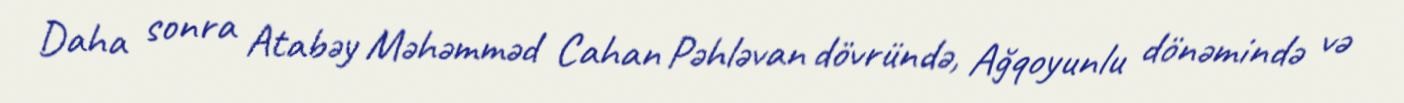
Daha sonra Atabəy Məhəmməd Cahan Pəhləvan dövründə, Ağqoyunlu dönəmində və